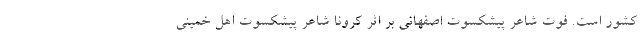
کشور است. فوت شاعر پیشکسوت اصفهانی بر اثر کرونا شاعر پیشکسوت اهل خمینی